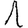
Digit: 1